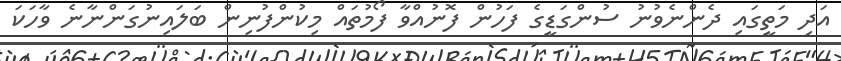
އަދި މަތީގައި ދެންނެވުނު ސުންގަޑީގެ ފަހުން ފޮނުއްވާ ފޯމުތައް މިކުންފުނިން ބަލައިނުގަންނާނެ ވާހަކަ